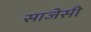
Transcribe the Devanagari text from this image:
साजेसी